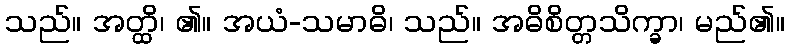
သည်။ အတ္ထိ၊ ၏။ အယံ-သမာဓိ၊ သည်။ အဓိစိတ္တသိက္ခာ၊ မည်၏။